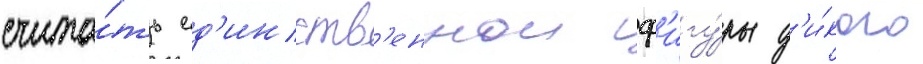
счита́ть ед'инств'еннои ф'игу́ры д'и́кого